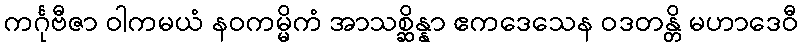
ကင်္ဂုဗီဇာ ဝါကမယံ နဝကမ္မိကံ အာသစ္ဆိန္နာ ဧကဒေသေန ဝဒတန္တိ မဟာဒေဝီ